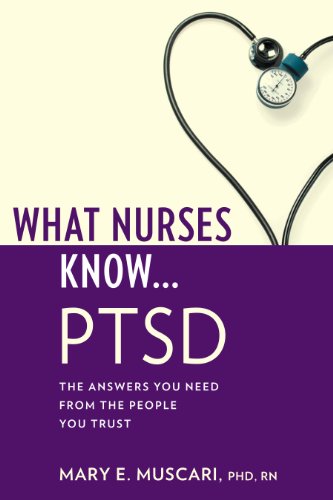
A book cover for What Nurses Know...PTSD; Mary E. Muscari PhD  RN; Health, Fitness & Dieting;